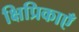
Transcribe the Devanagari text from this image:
क्षिप्रिकाएँ